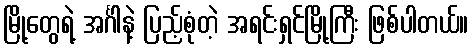
မြို့တွေရဲ့ အင်္ဂါနဲ့ ပြည့်စုံတဲ့ အရင်းရှင်မြို့ကြီး ဖြစ်ပါတယ်။